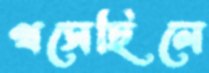
খসেছিলে